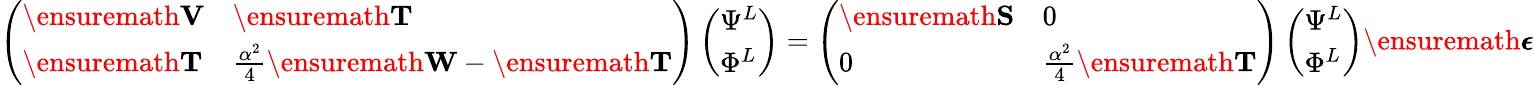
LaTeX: \left(\begin{array}{ll}{\ensuremath{\mathbf{V}}}&{\ensuremath{\mathbf{T}}}\\ {\ensuremath{\mathbf{T}}}&{\frac{\alpha^{2}}{4}\ensuremath{\mathbf{W}}-\ensuremath{\mathbf{T}}}\end{array}\right)\left(\begin{array}{l}{\Psi^{L}}\\ {\Phi^{L}}\end{array}\right)=\left(\begin{array}{ll}{\ensuremath{\mathbf{S}}}&{0}\\ {0}&{\frac{\alpha^{2}}{4}\ensuremath{\mathbf{T}}}\end{array}\right)\left(\begin{array}{l}{\Psi^{L}}\\ {\Phi^{L}}\end{array}\right)\ensuremath{\pmb\epsilon}